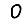
Digit: 0